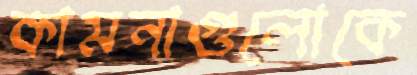
কামনাগুলোকে